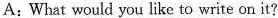
A: What would you like to write on it?